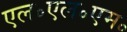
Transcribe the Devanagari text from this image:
एल॰एल॰एम॰